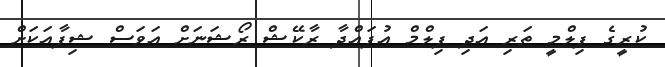
ކުރީގެ ފިލްމީ ތަރި އަދި ފިލްމް އުފައްދާ ރާކޭޝް ރޯޝަނަށް އަވަސް ޝިފާއަކަށް